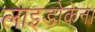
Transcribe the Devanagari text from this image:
लाइडोकेन।